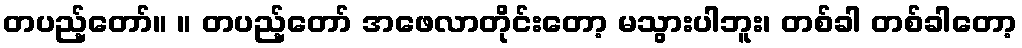
တပည့်တော်။ ။ တပည့်တော် အဖေလာတိုင်းတော့ မသွားပါဘူး၊ တစ်ခါ တစ်ခါတော့